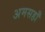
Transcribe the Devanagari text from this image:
अमसहाँ